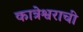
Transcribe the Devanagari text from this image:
कात्रेश्वराची